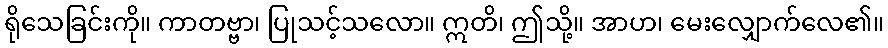
ရိုသေခြင်းကို။ ကာတဗ္ဗာ၊ ပြုသင့်သလော။ ဣတိ၊ ဤသို့။ အာဟ၊ မေးလျှောက်လေ၏။